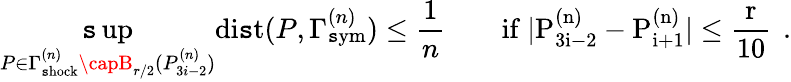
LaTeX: \operatorname*{\mathtt{s}up}_{P\in\Gamma_{\mathrm{{{\mathtt{s}hock}}}}^{(n)}\capB_{r/2}(P_{3i-2}^{(n)})}{\mathrm{{di\mathtt{s}t}}}(P,\Gamma_{\mathrm{{{\mathtt{s}ym}}}}^{(n)})\leq\frac{{1}}{{n}}\qquad\mathrm{{if~|P^{(n)}_{3i-2}-P^{(n)}_{i+1}|\leq\frac{{r}}{{10}}~}}\, .